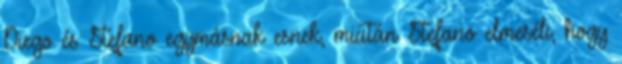
Diego és Stefano egymásnak esnek, miután Stefano elmeséli, hogy